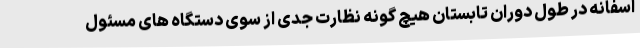
اسفانه در طول دوران تابستان هیچ گونه نظارت جدی از سوی دستگاه های مسئول